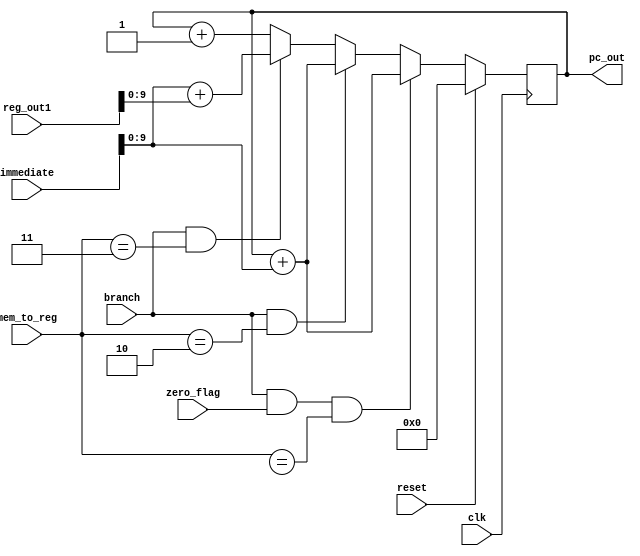
`timescale 1ns / 1ps
//PC- Program Counter: for 1024B instruction memory

module pc(clk,reset,branch,zero_flag,mem_to_reg,immediate,reg_out1,pc_out);
input clk;		           	//clock
input reset;               	//reset whole circuit to default
input branch;              	//bool 0=nojump , 1=jump 
input zero_flag;			//flag = 0 if beq,blt,bge is True

input [1:0] mem_to_reg;		// x=b_type, 2 = jal , 3 = jalr 

input [31:0] reg_out1;    	//Reg[rs1] from Reg File
input [20:0] immediate;  	//immediate -> max 21bits for J type

output reg [9:0] pc_out;	//10bit address -> 2^10 index -> 1024 bytes

always@(posedge clk)begin

	if(reset) 		//reset pc_output
		pc_out = 0;

	else if(branch && zero_flag && mem_to_reg==2'bx) 			//b_type: PC = PC + imm
		pc_out = pc_out + immediate;

	else if(branch && mem_to_reg==2'b10) 	//jal: PC = PC + imm
		pc_out = pc_out + immediate;

	else if (branch && mem_to_reg==2'b11)	//jalr: PC = (rs1 + imm) 
		pc_out = immediate + reg_out1;
		
	else    		//no jump
		pc_out = pc_out + 1;


end
 
endmodule